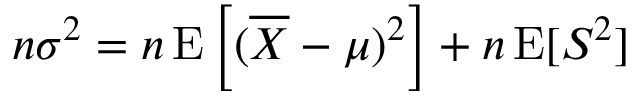
n \sigma ^ { 2 } = n \operatorname { E } \left[ ( { \overline { { X } } } - \mu ) ^ { 2 } \right] + n \operatorname { E } [ S ^ { 2 } ]